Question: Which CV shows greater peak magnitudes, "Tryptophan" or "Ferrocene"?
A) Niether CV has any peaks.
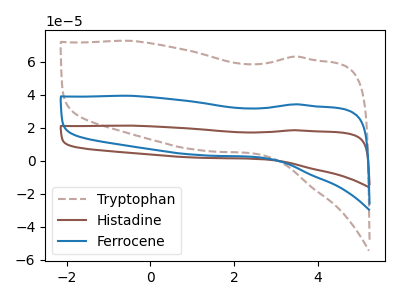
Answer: <think>The brown dashed curve "Tryptophan" has no peaks. The brown curve "Histadine" has no peaks. The blue curve "Ferrocene" has no peaks.</think>
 <answer>A) Niether CV has any peaks.</answer>
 <eval>A</eval>